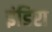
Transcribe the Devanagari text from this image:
इंडिरा